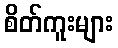
စိတ်ကူးများ